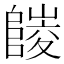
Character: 𨻪